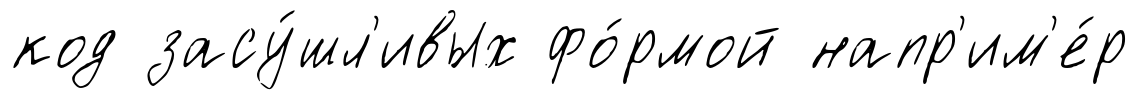
код засу́шл'ивых фо́рмой напр'им'е́р